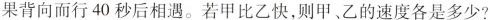
果同向而行3分20秒后相遇，如果背向而行40秒后相遇。若甲比乙快，则甲、乙的速度各是多少?